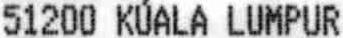
51200 KUALA LUMPUR